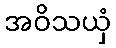
အဝိသယှံ